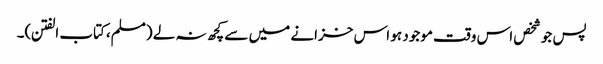
پس جو شخص اس وقت موجود ہو اس خزانے میں سے کچھ نہ لے (مسلم،کتاب الفتن)۔